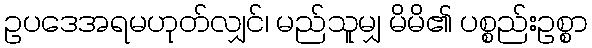
ဥပဒေအရမဟုတ်လျှင်၊ မည်သူမျှ မိမိ၏ ပစ္စည်းဥစ္စာ